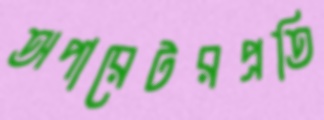
অপারেটরপ্রতি